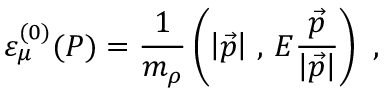
\varepsilon _ { \mu } ^ { ( 0 ) } ( P ) = \frac { 1 } { m _ { \rho } } \left( \left\vert \vec { p } \right\vert \, , \, E \frac { \vec { p } } { \left\vert \vec { p } \right\vert } \right) \ ,